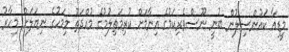
މީޑިއާ ކައުންސިލުން ބުނީ ނޫސްވެރިކަމުގެ އިނާމަށް ކުރިމަތިލުމުގެ މުއްދަތު މިމަހުގެ ނިޔަލަށް މިހާރު